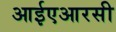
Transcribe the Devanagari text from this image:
आईएआरसी